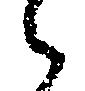
之